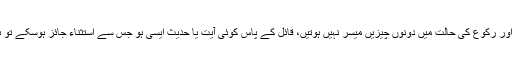
(حدیث) قراءتِ فاتحہ ضروری ہے اور رکوع کی حالت میں دونوں چیزیں میسر نہیں ہوتیں، قائل کے پاس کوئی آیت یا حدیث ایسی ہو جس سے استثناء جائز ہوسکے تو ہم بخوشی اُسے سننے کو تیار ہیںد"۔